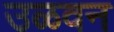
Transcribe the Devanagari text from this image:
उळवन